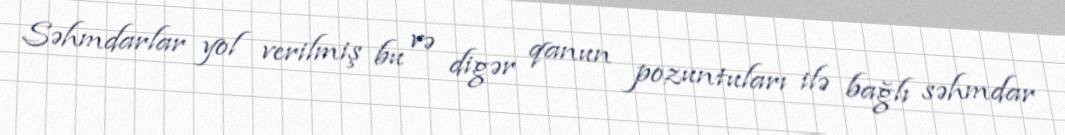
Səhmdarlar yol verilmiş bu və digər qanun pozuntuları ilə bağlı səhmdar